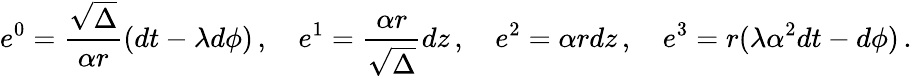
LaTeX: e^{0}=\frac{\sqrt\Delta}{\alpha r}(dt-\lambda d\phi)\, ,\quad e^{1}=\frac{\alpha r}{\sqrt\Delta}dz\, ,\quad e^{2}=\alpha rdz\, ,\quad e^{3}=r(\lambda\alpha^{2}dt-d\phi)\, .